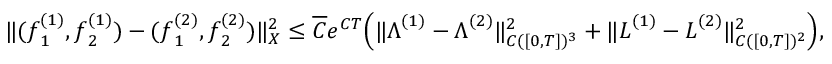
\| ( \boldsymbol { f } _ { 1 } ^ { ( 1 ) } , \boldsymbol { f } _ { 2 } ^ { ( 1 ) } ) - ( \boldsymbol { f } _ { 1 } ^ { ( 2 ) } , \boldsymbol { f } _ { 2 } ^ { ( 2 ) } ) \| _ { X } ^ { 2 } \le \overline { { C } } e ^ { C T } \Big ( \| \boldsymbol { \Lambda } ^ { ( 1 ) } - \boldsymbol { \Lambda } ^ { ( 2 ) } \| _ { C ( [ 0 , T ] ) ^ { 3 } } ^ { 2 } + \| \boldsymbol { L } ^ { ( 1 ) } - \boldsymbol { L } ^ { ( 2 ) } \| _ { C ( [ 0 , T ] ) ^ { 2 } } ^ { 2 } \Big ) ,